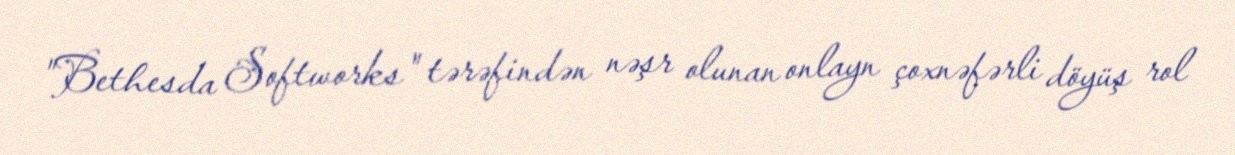
"Bethesda Softworks" tərəfindən nəşr olunan onlayn çoxnəfərli döyüş rol